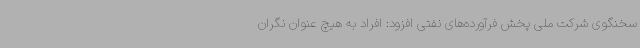
سخنگوی شرکت ملی پخش فرآورده‌های نفتی افزود: افراد به هیچ عنوان نگران